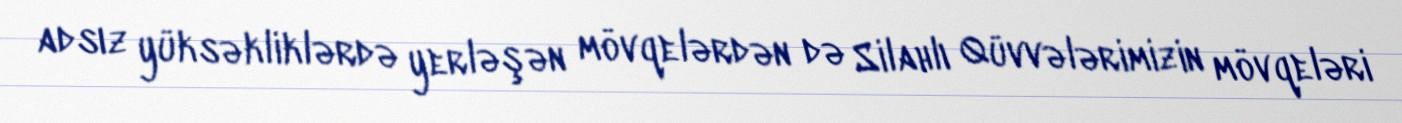
adsız yüksəkliklərdə yerləşən mövqelərdən də Silahlı Qüvvələrimizin mövqeləri